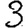
Digit: 3